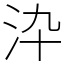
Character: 㳃